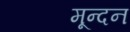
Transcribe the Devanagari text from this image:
मून्दन